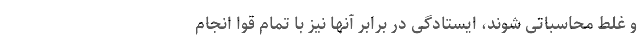
و غلط محاسباتی شوند، ایستادگی در برابر آنها نیز با تمام قوا انجام